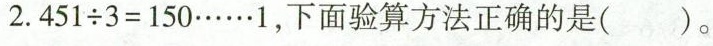
2.451÷3=150…….1,下面验算方法正确的是( ).